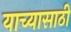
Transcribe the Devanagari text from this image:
याच्यासाठी